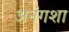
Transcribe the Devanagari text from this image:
अनंगशा